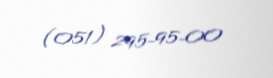
(051) 295-95-00